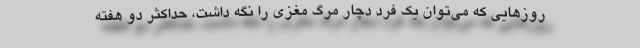
روزهایی که می‌توان یک فرد دچار مرگ مغزی را نگه داشت، حداکثر دو هفته